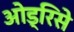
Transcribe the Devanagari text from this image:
ओड्रिसे